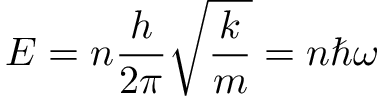
E = n { \frac { h } { 2 \pi } } { \sqrt { \frac { k } { m } } } = n \hbar \omega